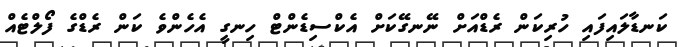
ކަނޑާލައިފައި ހުރިކަން ރެޑްއަށް ނޭނގޭކަށް އެކްސިޑެންޓް ހިނގީ އެހެންވެ ކަން ރެޑްގެ ފޯލްޓެއް